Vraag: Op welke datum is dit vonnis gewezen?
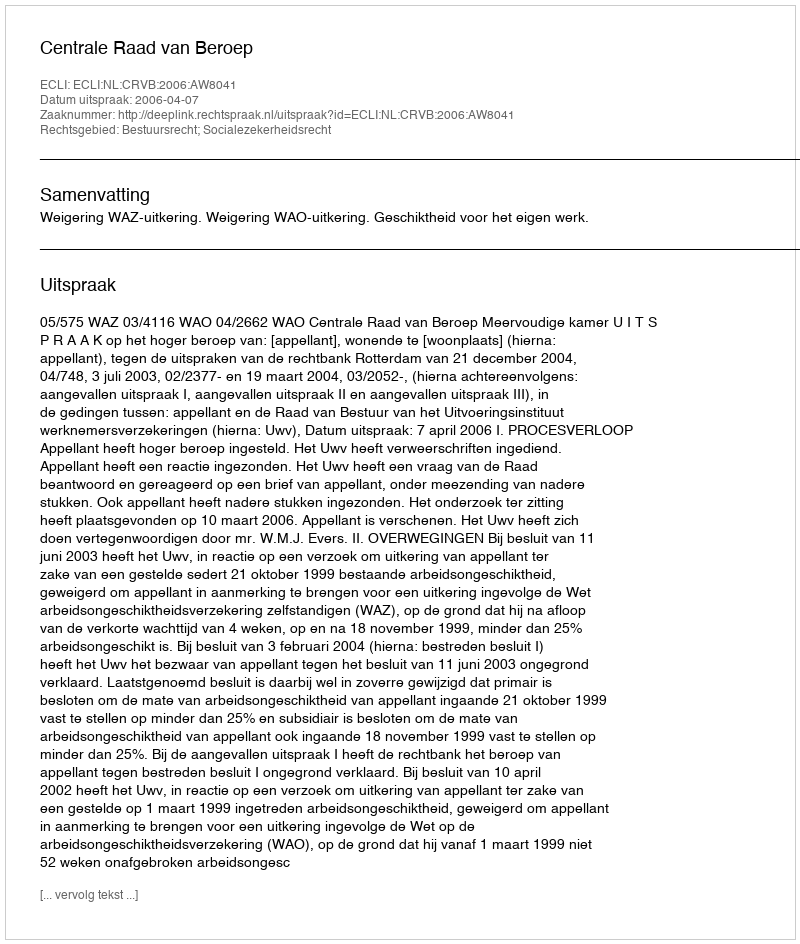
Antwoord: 2006-04-07